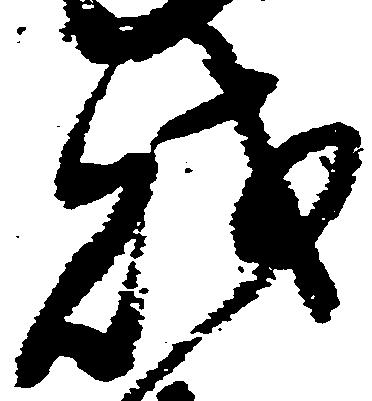
財